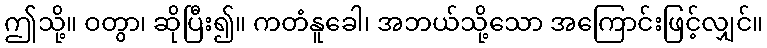
ဤသို့။ ဝတွာ၊ ဆိုပြီး၍။ ကတံနူခေါ၊ အဘယ်သို့သော အကြောင်းဖြင့်လျှင်။